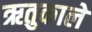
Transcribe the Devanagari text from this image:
ऋतुकाले